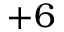
+ 6